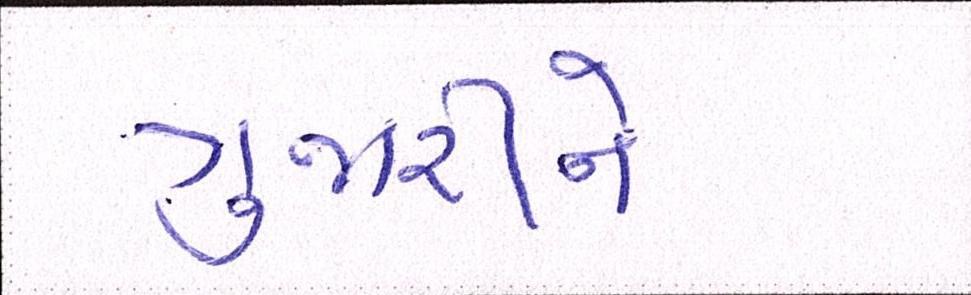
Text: ગુજારીને